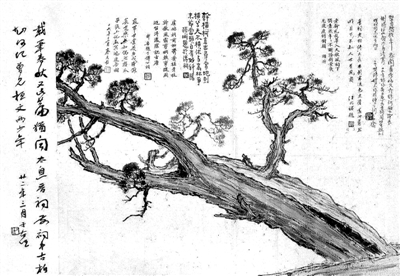
虽有其位，苟无其德，不敢作礼乐焉。虽有其德，苟无其位，亦不敢作礼乐焉。